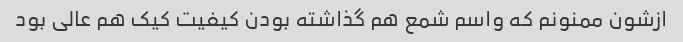
ازشون ممنونم که واسم شمع هم گذاشته بودن کیفیت کیک هم عالی بود